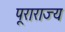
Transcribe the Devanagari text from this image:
पूराराज्य